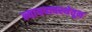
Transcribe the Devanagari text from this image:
न्यायव्यवस्थेतून